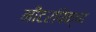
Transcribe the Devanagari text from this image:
मीटरांपेक्षा